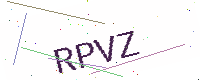
Text: RPVZ